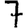
Digit: 7